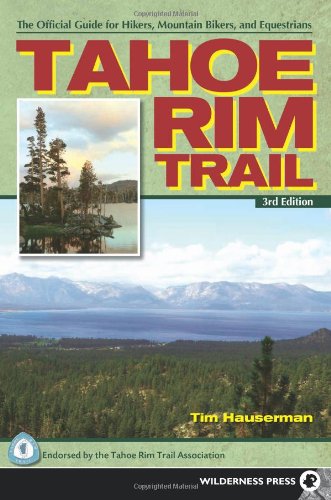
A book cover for Tahoe Rim Trail: The Official Guide for Hikers, Mountain Bikers and Equestrians; Tim Hauserman; Health, Fitness & Dieting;